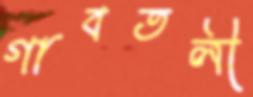
গাবতলী